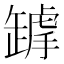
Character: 𦉋